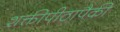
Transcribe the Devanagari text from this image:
शक्तीपीठापैकी